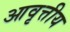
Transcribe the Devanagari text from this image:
आवृत्तीय